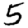
Digit: 5